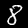
Digit: 8